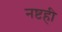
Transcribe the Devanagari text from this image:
नष्टही